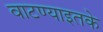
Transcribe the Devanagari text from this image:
वाटण्याइतके